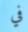
في